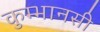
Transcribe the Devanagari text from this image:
कुम्भानसी